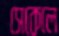
সেকেলে